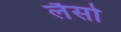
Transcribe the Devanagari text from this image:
लैसो